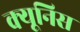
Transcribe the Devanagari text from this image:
क्यूनिस